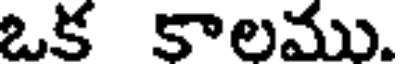
ఒక కాలము.